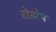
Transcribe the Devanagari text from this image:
रोडोप